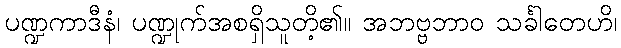
ပဏ္ဍကာဒီနံ၊ ပဏ္ဍုက်အစရှိသူတိ့၏။ အဘဗ္ဗဘာဝ သင်္ခါတေဟိ၊